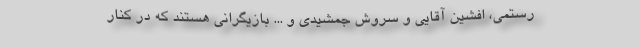
رستمی، افشین آقایی و سروش جمشیدی و ... بازیگرانی هستند که در کنار